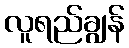
လူရည်ချွန်